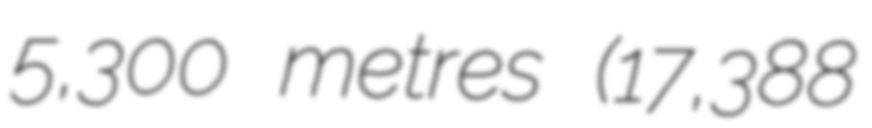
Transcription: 5,300 metres (17,388